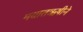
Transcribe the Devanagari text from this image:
मयातऋषीने